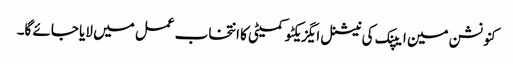
کنونشن مین ایپنک کی نیشنل ایگزیکٹو کمیٹی کا انتخاب عمل میں لایا جائے گا۔